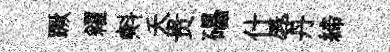
蹶糴㪺夭贵礧什辱丹締